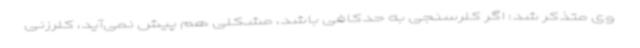
وی متذکر شد: اگر کلرسنجی به حدکافی باشد، مشکلی هم پیش نمی‌آید، کلرزنی